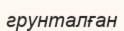
грунталған